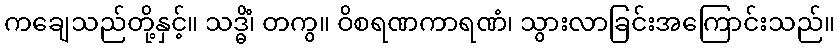
ကချေသည်တို့နှင့်။ သဒ္ဓိံ၊ တကွ။ ဝိစရဏကာရဏံ၊ သွားလာခြင်းအကြောင်းသည်။